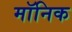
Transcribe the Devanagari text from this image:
मॉनिक